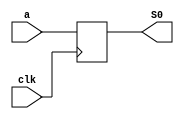
module simple_rtl(
    input wire a, 
    input wire clk,
    output reg S0
    );

    always @(posedge clk) begin
        S0 <= a;
    end

endmodule